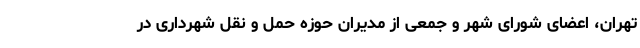
تهران، اعضای شورای شهر و جمعی از مدیران حوزه حمل و نقل شهرداری در